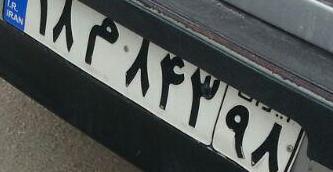
۱۸م۸۴۳۹۸